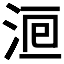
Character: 𣵨